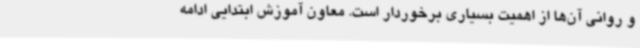
و روانی آن‌ها از اهمیت بسیاری برخوردار است. معاون آموزش ابتدایی ادامه